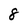
Character: 8